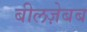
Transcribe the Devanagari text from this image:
बीलज़ेबब